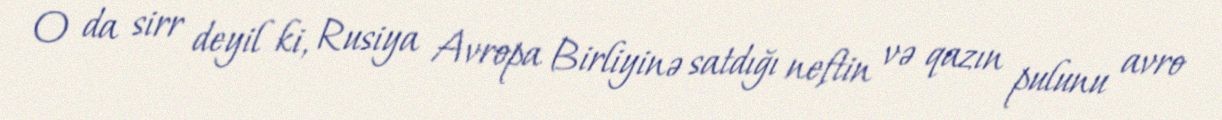
O da sirr deyil ki, Rusiya Avropa Birliyinə satdığı neftin və qazın pulunu avro